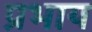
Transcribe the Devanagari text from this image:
प्रभाय